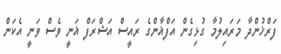
ފަރްޚުންދާ މަރައިލުމާ ގުޅިގެން އަފްޣާންގެ ރައީސް އަޝްރަފް ޣަނީ ވެސް ވަނީ އެކަން